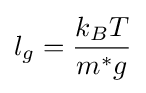
l_{g}={\frac {k_{B}T}{m^{*}g}}